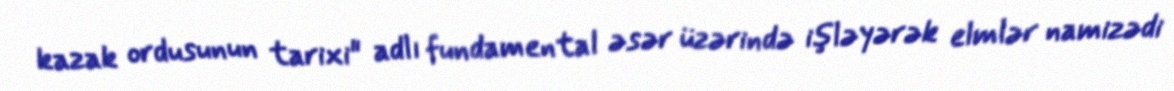
kazak ordusunun tarixi" adlı fundamental əsər üzərində işləyərək elmlər namizədi